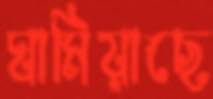
ঘামিয়াছে